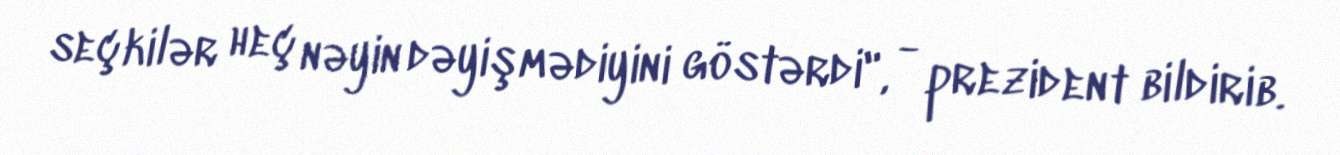
seçkilər heç nəyin dəyişmədiyini göstərdi", - prezident bildirib.